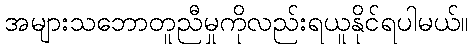
အများသဘောတူညီမှုကိုလည်းရယူနိုင်ရပါမယ်။